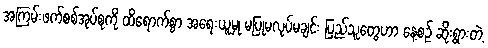
အကြမ်းဖက်စစ်အုပ်စုကို ထိရောက်စွာ အရေးယူမှု မပြုမလုပ်မချင်း ပြည်သူတွေဟာ နေ့စဉ် ဆိုးရွားတဲ့